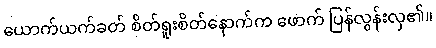
ယောက်ယက်ခတ် စိတ်ရူးစိတ်နောက်က ဖောက် ပြန်လွန်းလှ၏။